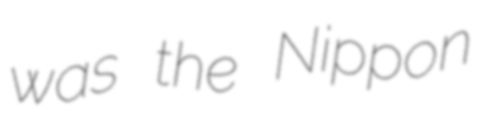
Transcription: was the Nippon